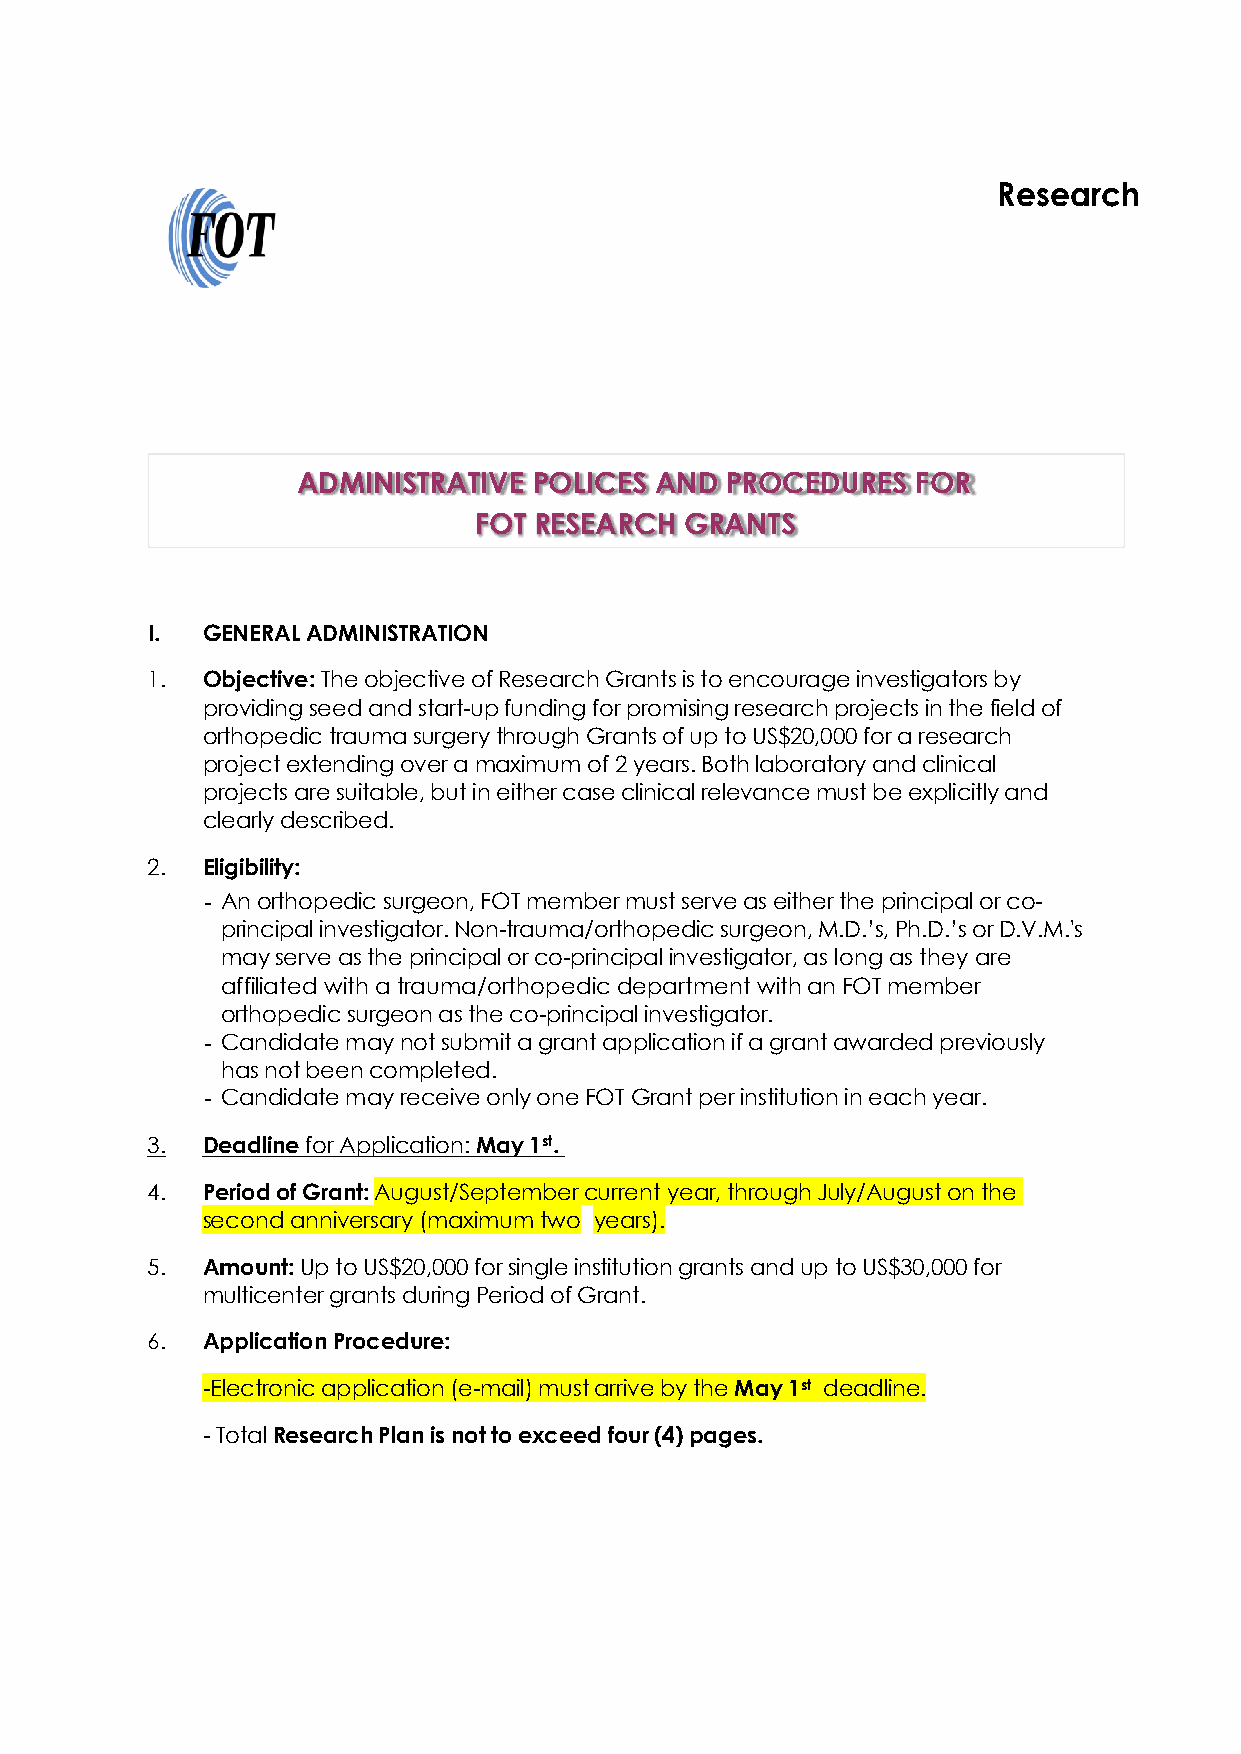
Research
 ADMINISTRATIVE POLICES AND  PROCEDURES   FOR
 FOT RESEARCH  GRANTS
 I. GENERAL ADMINISTRATION
 1. Objective: The objective of Research Grants is to encourage investigators by
 providing seed and start-up funding for promising research projects in the field of
 orthopedic trauma surgery through Grants of up to US$20,000 for a research
 project extending over a maximum of 2 years. Both laboratory and clinical
 projects are suitable, but in either case clinical relevance must be explicitly and
 clearly described.
 2. Eligibility:
 - An orthopedic surgeon, FOT member must serve as either the principal or co-
 principal investigator. Non-trauma/orthopedic surgeon, M.D.’s, Ph.D.’s or D.V.M.'s
 may serve as the principal or co-principal investigator, as long as they are
 affiliated with a trauma/orthopedic department with an FOT member
 orthopedic surgeon as the co-principal investigator.
 - Candidate may not submit a grant application if a grant awarded previously
 has not been completed.
 - Candidate may receive only one FOT Grant per institution in each year.
 3. Deadline for Application: May 1st.
 4. Period of Grant: August/September current year, through July/August on the
 second anniversary (maximum two years).
 5. Amount: Up to US$20,000 for single institution grants and up to US$30,000 for
 multicenter grants during Period of Grant.
 6. Application Procedure:
 -Electronic application (e-mail) must arrive by the May 1st deadline.
 - Total Research Plan is not to exceed four (4) pages.